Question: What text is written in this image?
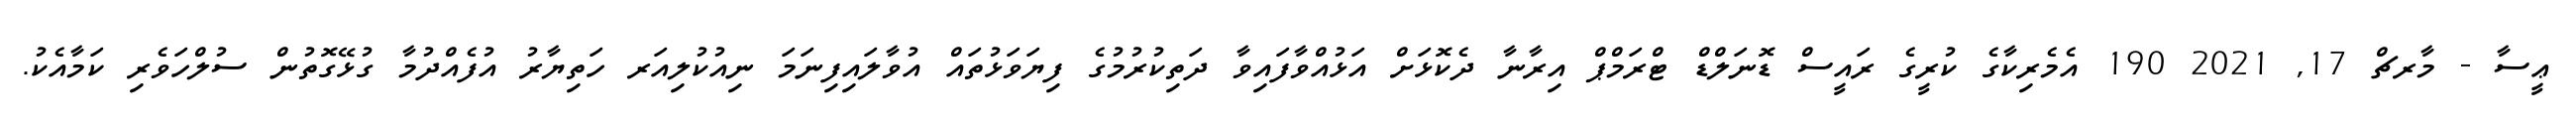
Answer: ޢީސާ - މާރޗް 17, 2021 190 އެމެރިކާގެ ކުރީގެ ރައީސް ޑޮނަލްޑް ޓްރަމްޕް އިރާނާ ދެކޮޅަށް އަޅުއްވާފައިވާ ދަތިކުރުމުގެ ފިޔަވަޅުތައް އުވާލައިފިނަމަ ނިއުކުލިއަރ ހަތިޔާރު އުފެއްދުމާ ގުޅޭގޮތުން ސުލްހަވެރި ކަމާއެކު.